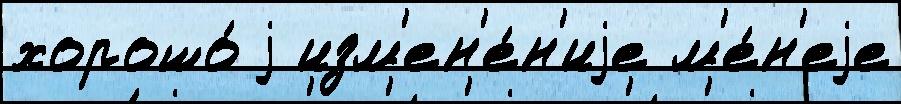
хорошо́ j изм'ен'е́н'иjе м'е́н'еjе